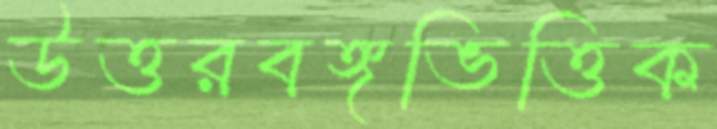
উত্তরবঙ্গভিত্তিক